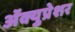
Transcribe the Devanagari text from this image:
ॲक्युप्रेशर